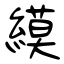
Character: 縸